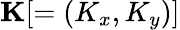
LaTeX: \mathbf{K}[=(K_{x},K_{y})]